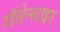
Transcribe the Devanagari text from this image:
टॉलेन्स्टाइन